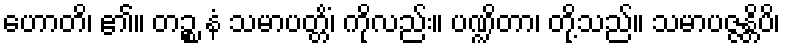
ဟောတိ၊ ၏။ တဉ္စ နံ သမာပတ္တိံ၊ ကိုလည်း။ ပဏ္ဍိတာ၊ တို့သည်။ သမာပဇ္ဇန္တိပိ၊